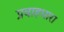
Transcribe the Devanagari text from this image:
प्रवाहधारा